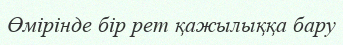
Өмірінде бір рет қажылыққа бару